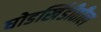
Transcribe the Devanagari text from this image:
घोडखिंडीतील